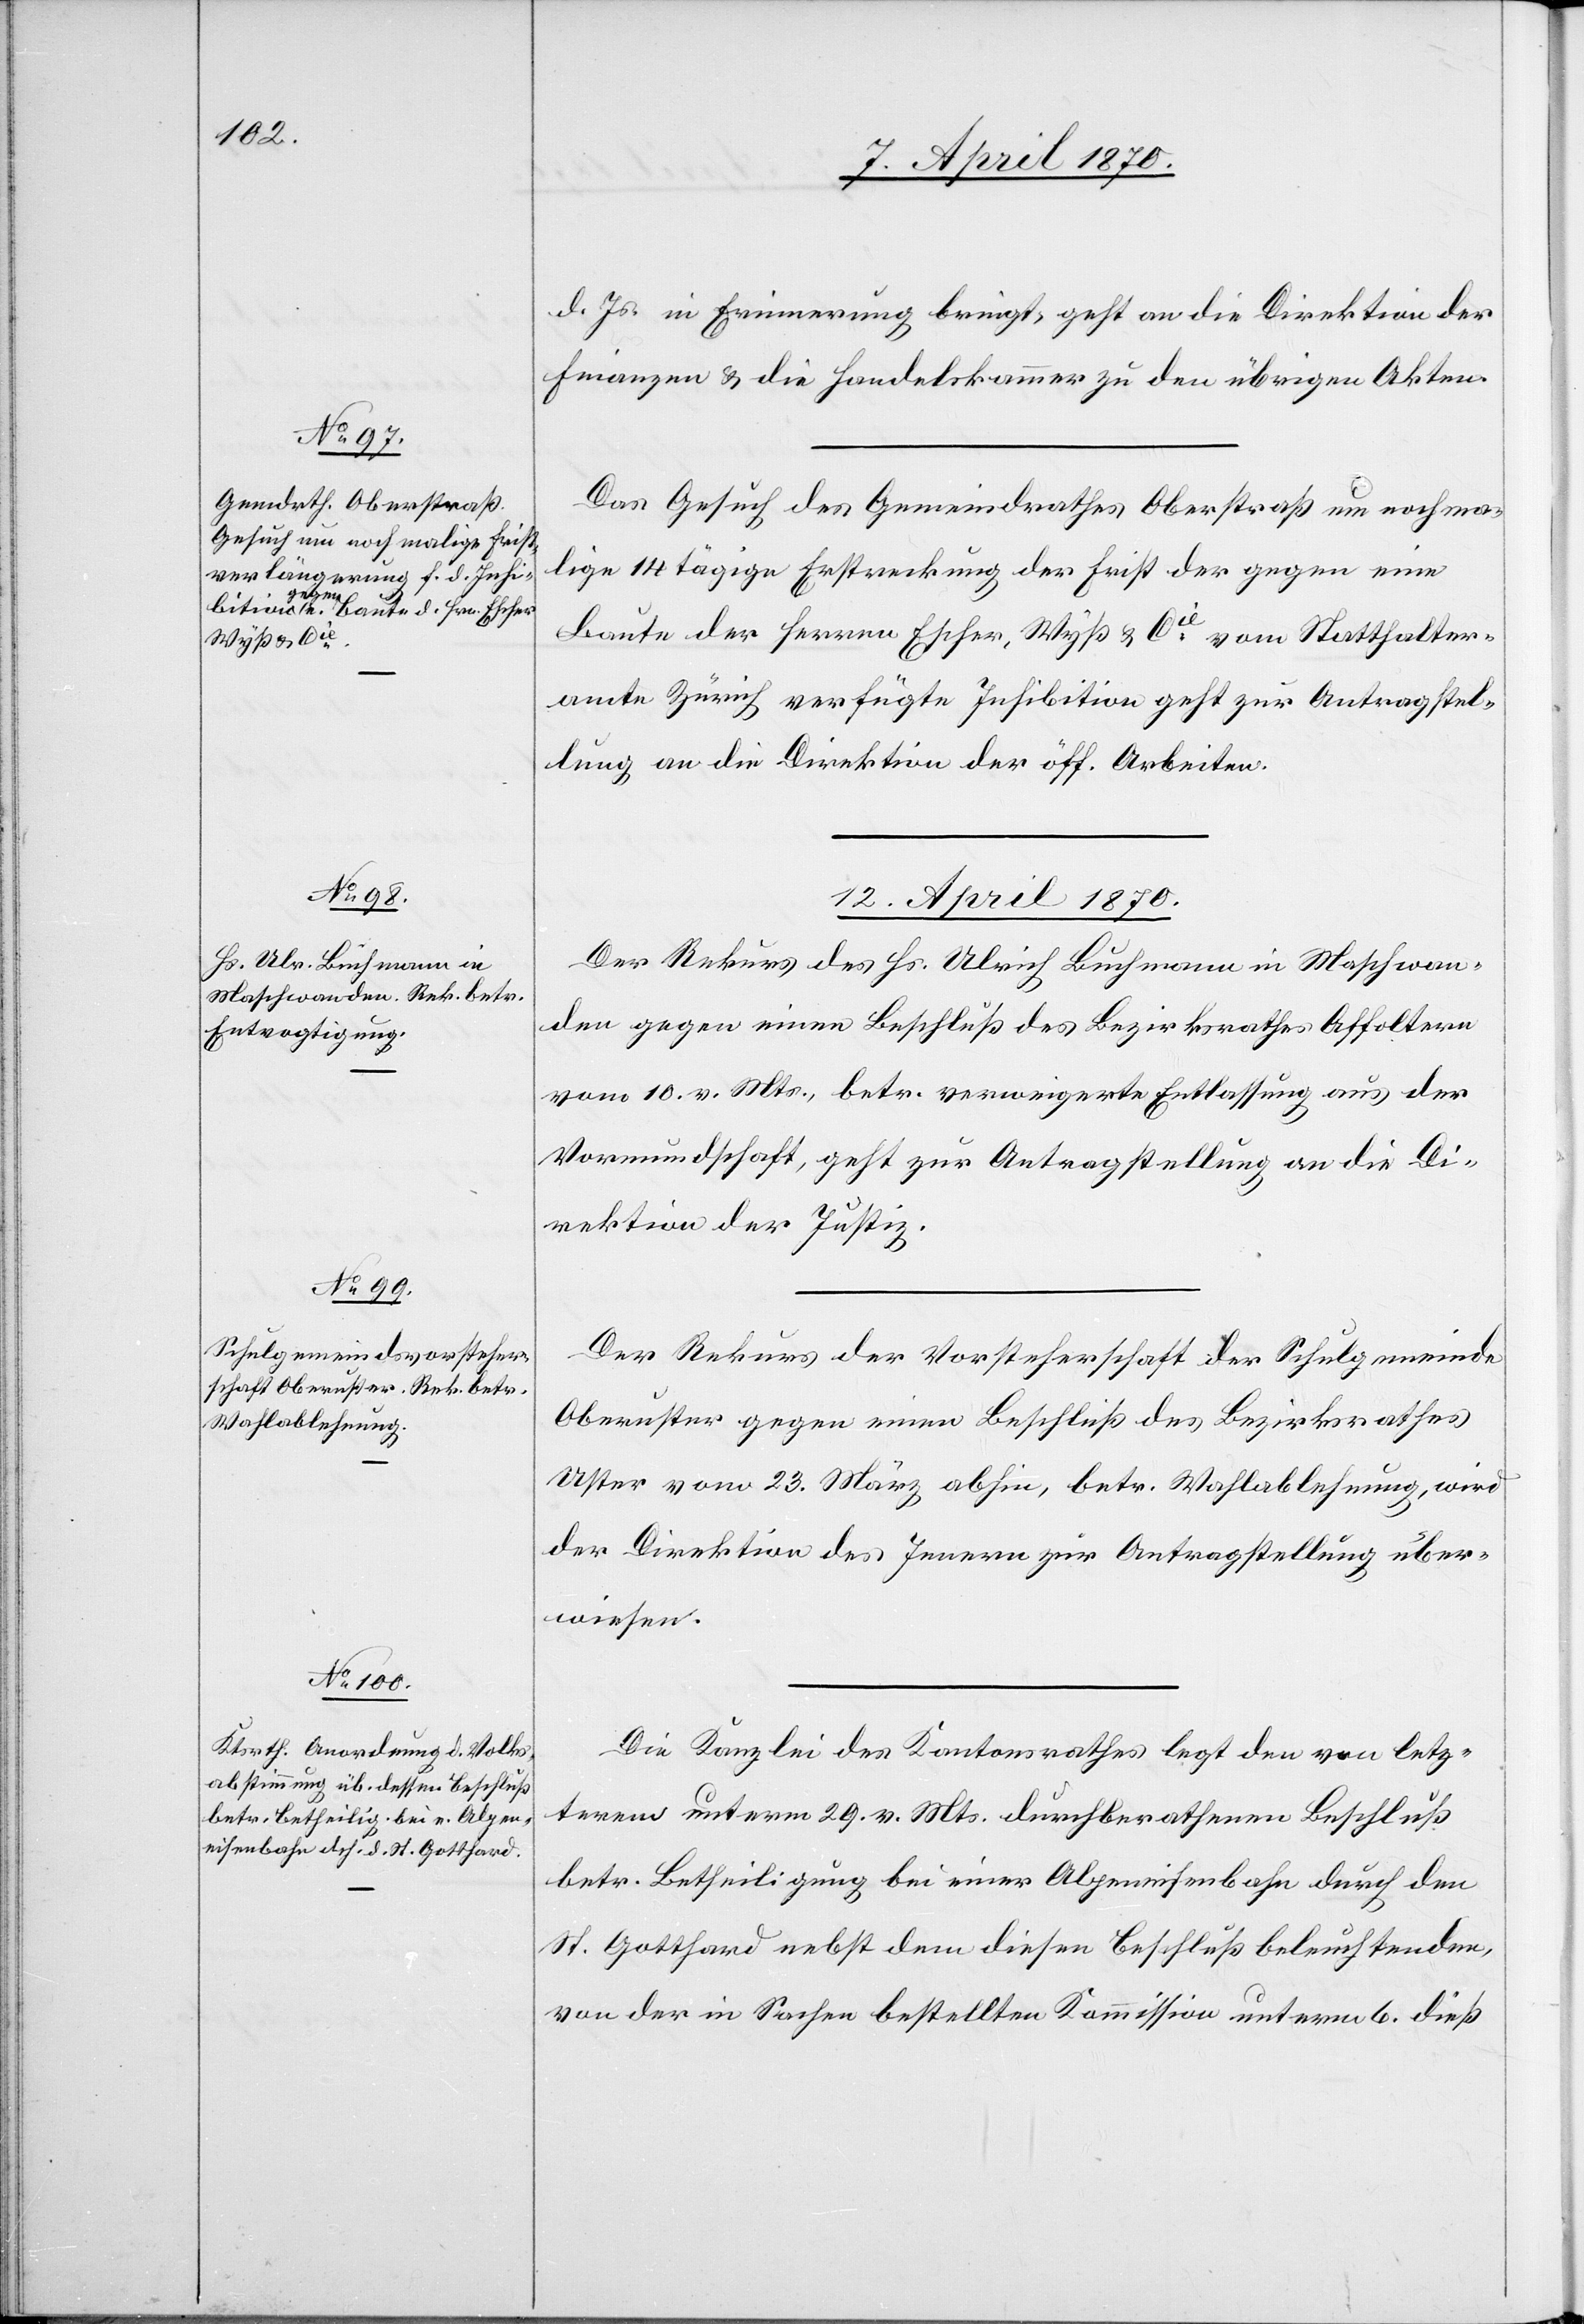
d. Js. in Erinnerung bringt, geht an die Direktion der
Finanzen & die Handelskammer zu den übrigen Akten.
Das Gesuch des Gemeindrathes Oberstraß um nochma¬
lige 14 tägige Erstreckung der Frist der gegen eine
Baute der Herren Escher, Wyß & Cie vom Statthalter¬
amte Zürich verfügte Inhibition geht zur Antragstel¬
lung an die Direktion der öff. Arbeiten.
12. April 1870.]
Der Rekurs des Hs. Ulrich Buchmann in Maschwan¬
den gegen einen Beschluß des Bezirksrathes Affoltern
vom 10. v. Mts., betr. verweigerte Entlassung aus der
Vormundschaft, geht zur Antragstellung an die Di¬
rektion der Justiz.
Der Rekurs der Vorsteherschaft der Schulgemeinde
Oberuster gegen einen Beschluß des Bezirksrathes
Uster vom 23. März abhin, betr. Wahlablehnung, wird
der Direktion des Innern zur Antragstellung über¬
wiesen.
Die Kanzlei des Kantonsrathes legt den von letz¬
terem unterm 29. v. Mts. durchberathenen Beschluß
betr. Betheiligung bei einer Alpeneisenbahn durch den
St. Gotthard nebst dem diesen Beschluß beleuchtenden,
von der in Sachen bestellten Kommission unterm 6. dieß